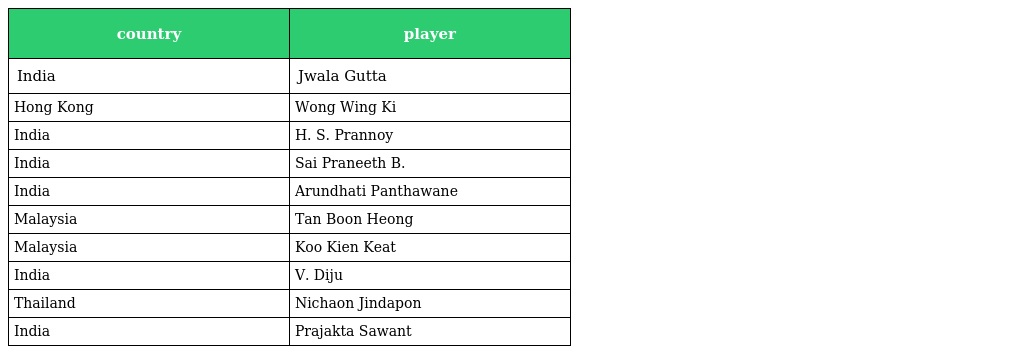
| country | player |
 | --- | --- |
 | India | Jwala Gutta |
 | Hong Kong | Wong Wing Ki |
 | India | H. S. Prannoy |
 | India | Sai Praneeth B. |
 | India | Arundhati Panthawane |
 | Malaysia | Tan Boon Heong |
 | Malaysia | Koo Kien Keat |
 | India | V. Diju |
 | Thailand | Nichaon Jindapon |
 | India | Prajakta Sawant |